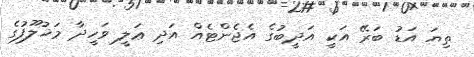
ތިޔަ އަޑު ބަރޭ އަކީ އަދީބުގެ އެޖެންޓެއް އަދި ޢަލީ ވަހީދާ މަޚުލޫފުގެ